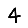
Digit: 4